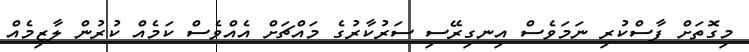
މިގޮތަށް ފާސްކުރި ނަމަވެސް އިނގިރޭސި ސަރުކާރުގެ މައްޗަށް އެއްވެސް ކަމެއް ކުރުން ލާޒިމެއް